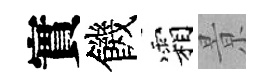
實饑霜㬌